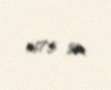
167,5 sm